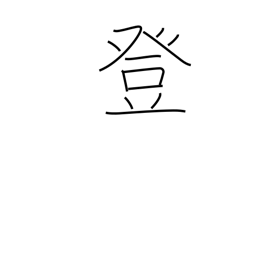
Meaning: climb up